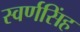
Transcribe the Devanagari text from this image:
स्वर्णसिंह